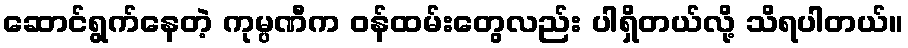
ဆောင်ရွက်နေတဲ့ ကုမ္ပဏီက ဝန်ထမ်းတွေလည်း ပါရှိတယ်လို့ သိရပါတယ်။